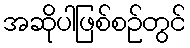
အဆိုပါဖြစ်စဉ်တွင်